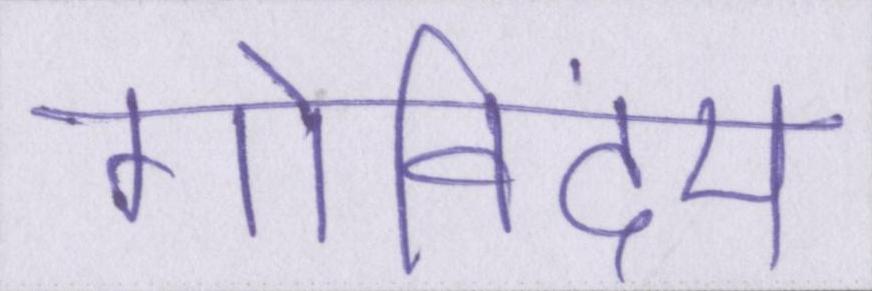
गोविंदम